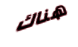
هناك